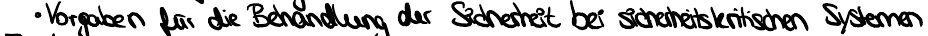
Vorgehen für die Behandlung der Sicherheit bei sicherheitskritischen Systemen